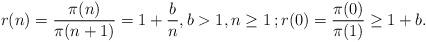
LaTeX: \begin{align*}r(n)=\frac{\pi(n)}{\pi(n+1)} = 1+\frac{b}{n} ,b>1, n\geq 1\,;r(0)=\frac{\pi(0)}{\pi(1)} \geq 1+b. \end{align*}